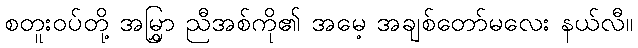
စတူးဝပ်တို့ အမြွှာ ညီအစ်ကို၏ အမေ့ အချစ်တော်မလေး နယ်လီ။